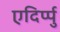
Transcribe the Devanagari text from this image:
एदिर्प्पु